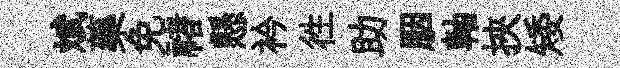
斌藥免禇懸衿徃助胭軸挾矮